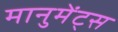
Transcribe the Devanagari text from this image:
मानुमेंट्स